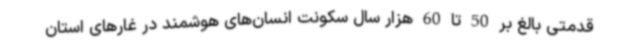
قدمتی بالغ بر 50 تا 60 هزار سال سکونت انسان‌های هوشمند در غارهای استان